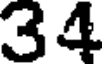
34